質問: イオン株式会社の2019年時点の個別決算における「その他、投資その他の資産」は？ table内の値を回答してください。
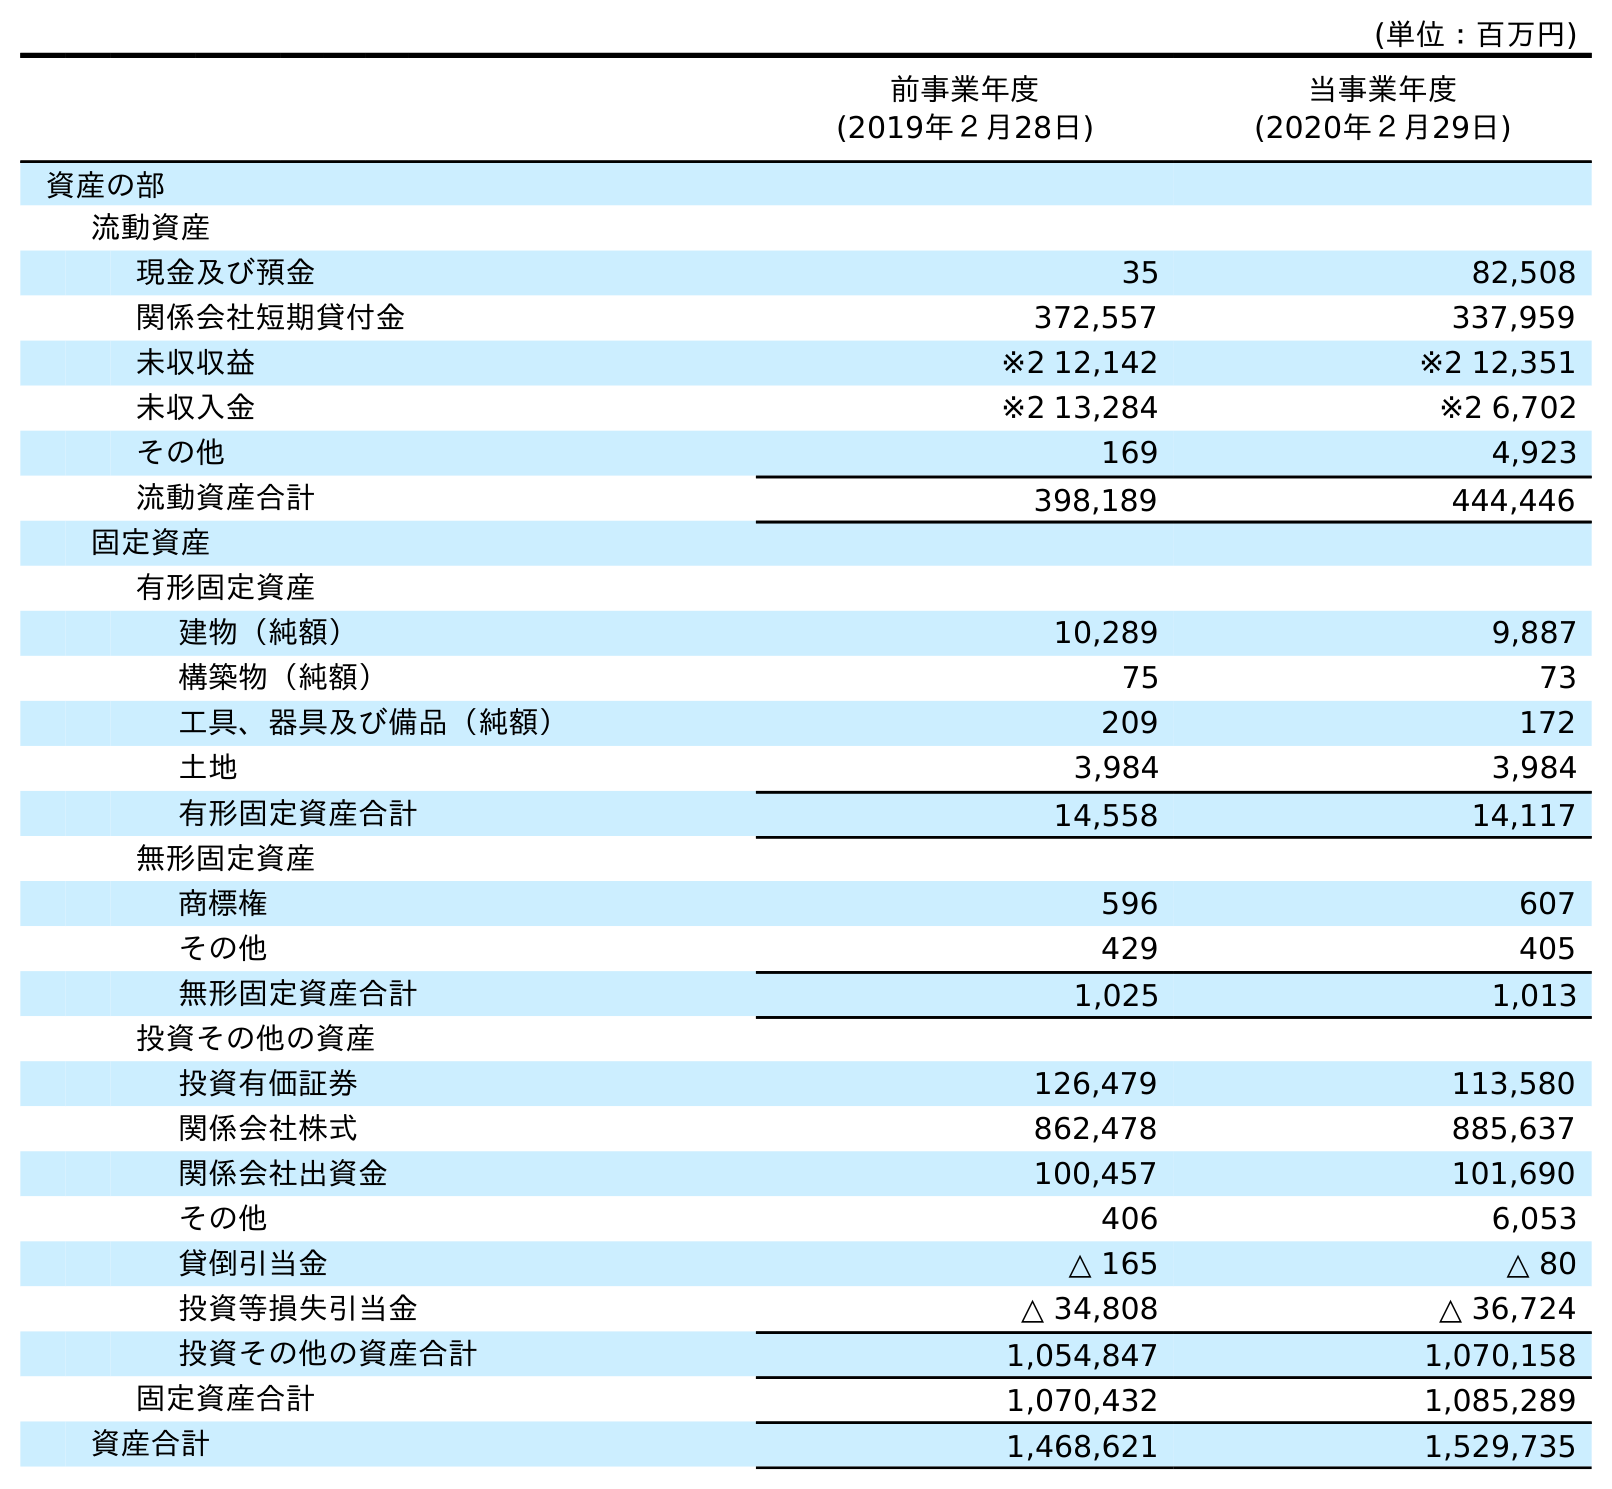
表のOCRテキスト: (単位：百万円) 前事業年度 (2019年２月28日) 当事業年度 (2020年２月29日) 資産の部 流動資産 現金及び預金 35 82,508 関係会社短期貸付金 372,557 337,959 未収収益 ※2 12,142 ※2 12,351 未収入金 ※2 13,284 ※2 6,702 その他 169 4,923 流動資産合計 398,189 444,446 固定資産 有形固定資産 建物（純額） 10,289 9,887 構築物（純額） 75 73 工具、器具及び備品（純額） 209 172 土地 3,984 3,984 有形固定資産合計 14,558 14,117 無形固定資産 商標権 596 607 その他 429 405 無形固定資産合計 1,025 1,013 投資その他の資産 投資有価証券 126,479 113,580 関係会社株式 862,478 885,637 関係会社出資金 100,457 101,690 その他 406 6,053 貸倒引当金 △ 165 △ 80 投資等損失引当金 △ 34,808 △ 36,724 投資その他の資産合計 1,054,847 1,070,158 固定資産合計 1,070,432 1,085,289 資産合計 1,468,621 1,529,735
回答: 406